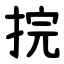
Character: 捖